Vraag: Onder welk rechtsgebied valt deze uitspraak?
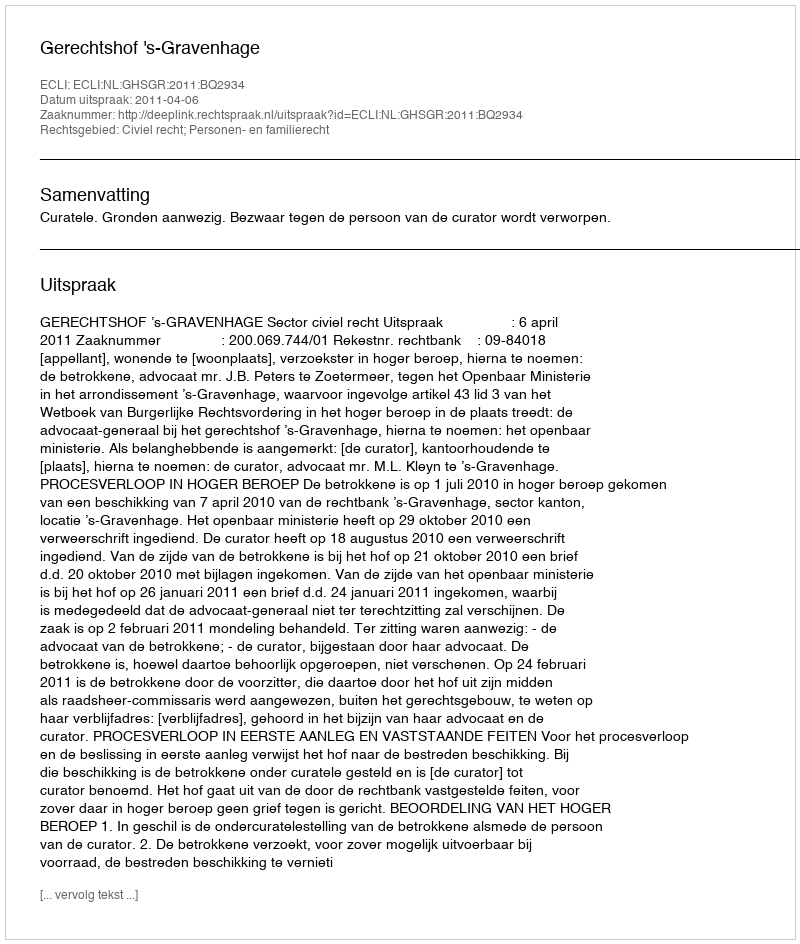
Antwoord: Civiel recht; Personen- en familierecht